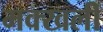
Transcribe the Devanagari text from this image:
मक्खली